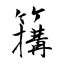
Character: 簼